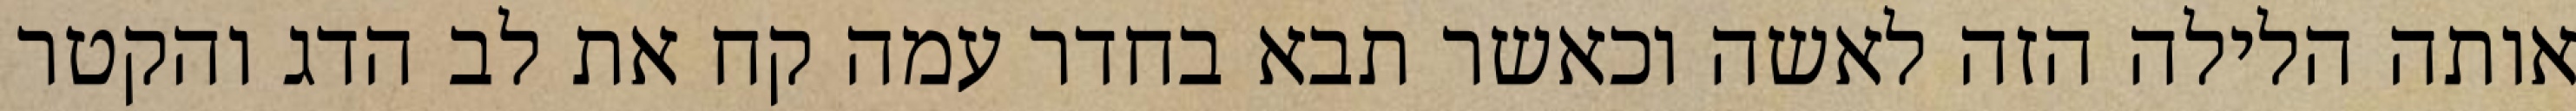
אותה הלילה הזה לאשה וכאשר תבא בחדר עמה קח את לב הדג והקטר